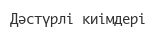
Дәстүрлі киімдері